Insane asylums Bombay 1873-77 - 1873-1877
Year: 1873
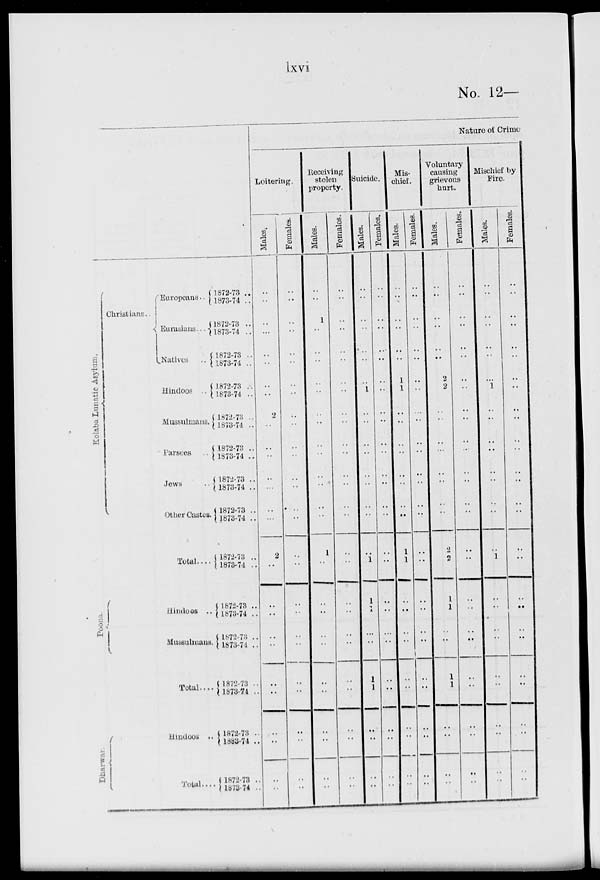
lxvi
No. 12—
Kolaba
Lunatic Asylum.
Christians ..
Europeans ..
Eurasians ...
Natives
..
Hindoos ..
Mussulmans.
Parsces ..
Jews
..
Other Castes.
Total ....
Poona.
Hindoos ..
Mussulmans.
Total ....
Dharwar.
Hindoos ..
Total ....
1872-73 ..
1873-74 ..
1872-73 ..
1873-74 ..
1872-73 ..
1873-74 ..
1872-73 ..
1873-74 ..
1872-73
1873-74 ..
1872-73 ..
1873-74 ..
1872-73 ..
1873-74 ..
1872-73 ..
1873-74 ..
1872-73 ..
1873-74 ..
1872-73 ..
1873-74 ..
1872-73 ..
1873-74 ..
1872-73 ..
1873-74 ..
1872-73 ..
1883-74 ..
1872-73 ..
1873-74 ..
Nature of Crime
Loitering.
Males.
..
..
..
...
..
..
..
..
2
..
..
..
..
..
..
..
2
..
..
..
..
..
..
..
..
..
..
..
Females.
..
..
..
..
..
..
..
..
..
..
..
..
..
..
..
..
..
..
..
..
..
..
..
..
..
..
..
..
Receiving
stolen
property.
Males.
..
..
1
..
..
..
..
..
..
..
..
..
..
..
..
..
1
..
..
..
..
..
..
..
..
..
..
..
Females.
..
..
..
..
..
..
..
..
..
..
..
..
..
..
..
..
..
..
..
..
..
..
..
..
..
..
..
..
Suicide.
Males.
..
..
..
..
..
..
..
1
..
..
..
..
..
..
..
..
..
1
1
1
..
..
1
1
..
..
..
..
Females.
..
..
..
..
...
..
..
..
..
..
..
..
..
..
..
..
..
..
..
..
..
..
..
..
..
..
..
..
Mis-
chief.
Males.
..
..
..
..
..
..
1
1
..
..
..
..
..
..
..
..
1
1
..
..
..
..
..
..
..
..
..
..
Females.
..
..
..
..
..
..
..
..
..
..
..
..
..
..
..
..
..
..
..
..
..
..
..
..
..
..
..
..
Voluntary
causing
grievous
hurt.
Males.
..
..
..
..
..
..
2
2
..
..
..
..
..
..
..
..
2
2
1
1
..
..
1
1
..
..
..
..
Females.
..
..
..
..
..
..
..
..
..
..
..
...
..
..
..
..
..
..
..
..
..
..
..
..
..
..
..
..
Mischief by
Fire.
Males.
..
..
..
..
..
..
..
1
..
..
..
..
..
..
..
..
..
..
..
..
..
..
..
..
..
..
..
..
Females.
..
..
..
..
..
..
..
..
..
..
..
..
..
..
..
..
..
..
..
..
..
..
..
..
..
..
..
..